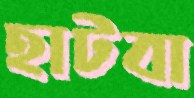
হাটবা